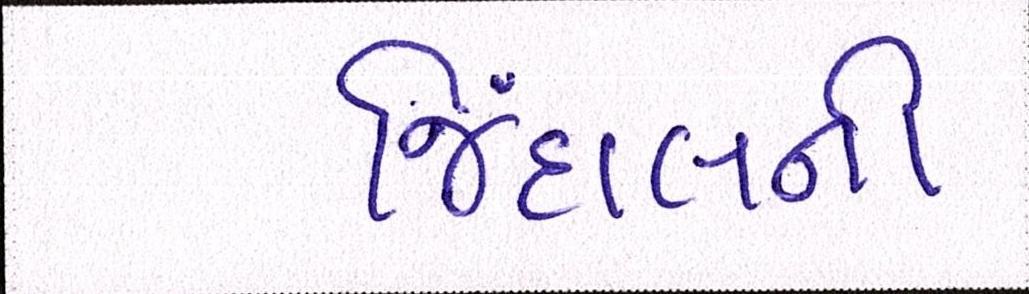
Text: જિંદાલની